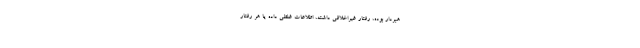
هبردار بوده، رفتار غیراخلاقی داشته، اطلاعات غلطی داده یا هر رفتار